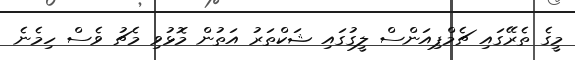
މީގެ ތެރޭގައި ޗެމްޕިއަންސް ލީގުގައި ޝަކްތަރު އަތުން މޮޅުވި މެޗު ވެސް ހިމެނެ